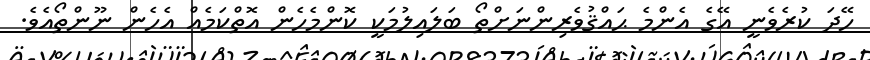
ހޭދަ ކުރެވެނީ އޭގެ އެންމެ ޙައްޤުވެރިންނަށްތޯ ބަލައިލުމަކީ ކޮންމެހެން އޮތްކަމެއް އެހެން ނޫންތޯއެވެ.